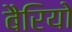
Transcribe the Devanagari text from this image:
बैरियो